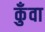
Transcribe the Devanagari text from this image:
कुँवा